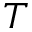
T